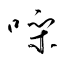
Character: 噪